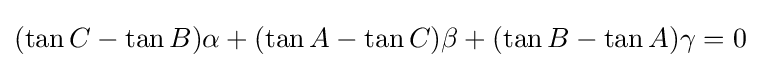
(\tan C-\tan B)\alpha +(\tan A-\tan C)\beta +(\tan B-\tan A)\gamma =0